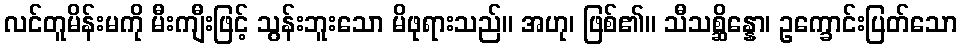
လင်တူမိန်းမကို မီးကျီးဖြင့် သွန်းဘူးသော မိဖုရားသည်။ အဟု၊ ဖြစ်၏။ သီသစ္ဆိန္နော၊ ဥက္ခောင်းပြတ်သော